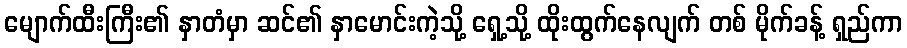
မျောက်ထီးကြီး၏ နှာတံမှာ ဆင်၏ နှာမောင်းကဲ့သို့ ရှေ့သို့ ထိုးထွက်နေလျက် တစ် မိုက်ခန့် ရှည်ကာ